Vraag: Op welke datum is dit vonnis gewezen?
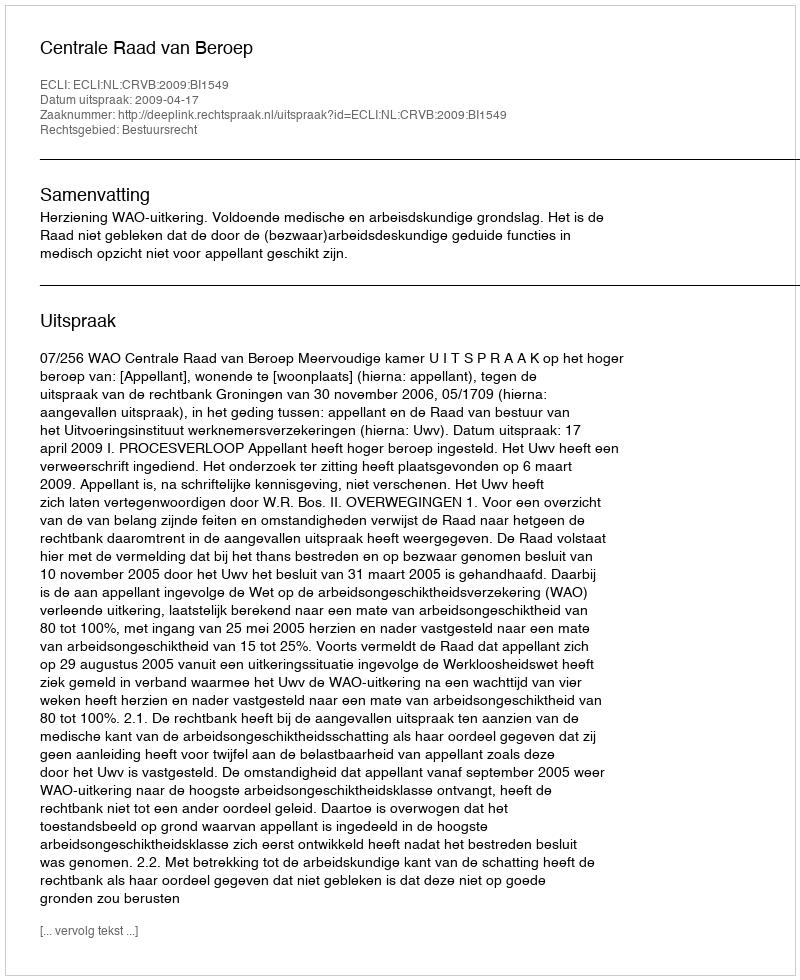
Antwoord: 2009-04-17